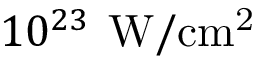
1 0 ^ { 2 3 } \, \mathrm { \: W / c m ^ { 2 } }